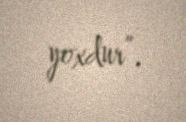
yoxdur”.